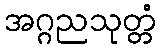
အဂ္ဂညသုတ္တံ